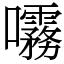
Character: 𫝞